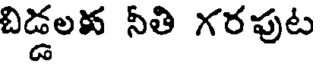
బిడ్డలక నీతి గరపుట